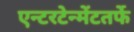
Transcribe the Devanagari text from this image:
एन्टरटेन्मेंटतर्फे